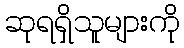
ဆုရရှိသူများကို